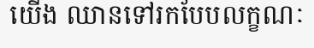
យើង ឈានទៅរកបែបលក្ខណៈ